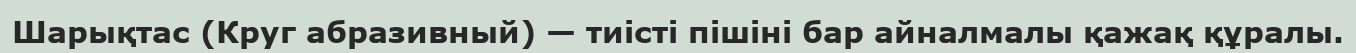
Шарықтас (Круг абразивный) — тиісті пішіні бар айналмалы қажақ құралы.